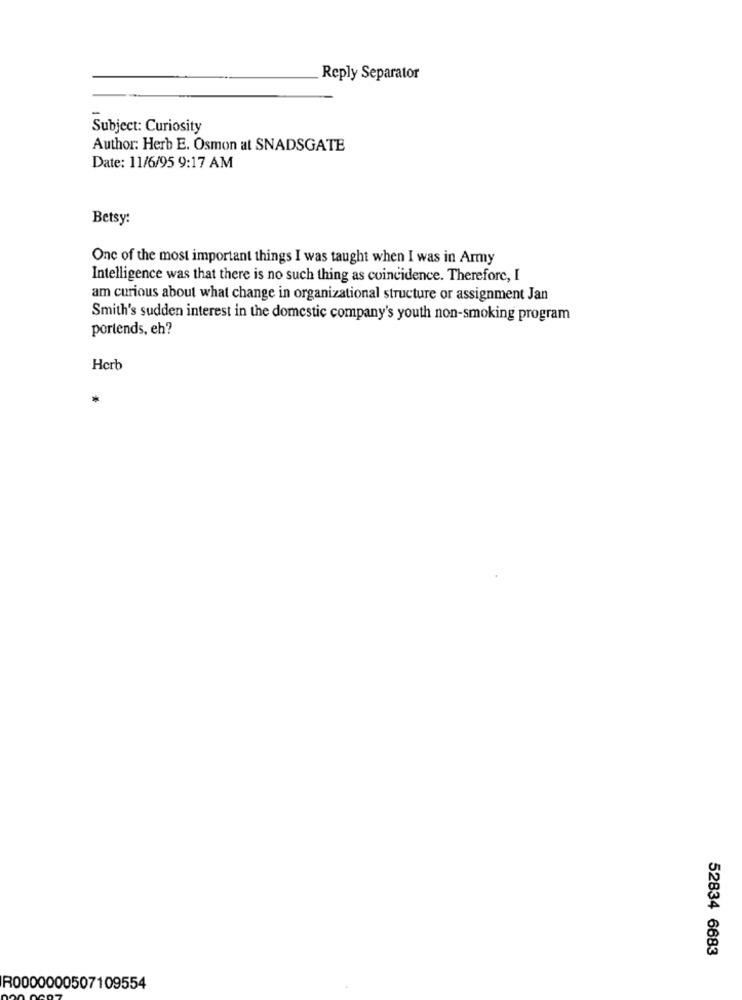
Reply Separator
Subject: Curiosity
Author: Herb E. Osmon at SNADSGATE
Date: 11/6/95 9:17 AM
Betsy:
One of the most important things I was taught when I was in Army
Intelligence was that there is no such thing as coincidence. Therefore, I
am curious about what change in organizational structure or assignment Jan
Smith's sudden interest in the domestic company's youth non-smoking program
portends, eh?
Herb
*
52834 6683
R0000000507109554